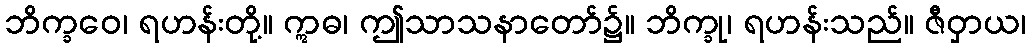
ဘိက္ခဝေ၊ ရဟန်းတို့။ ဣဓ၊ ဤသာသနာတော်၌။ ဘိက္ခု၊ ရဟန်းသည်။ ဇီဝှာယ၊